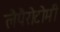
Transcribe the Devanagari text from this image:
लैपैरोटोमी